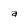
Character: a